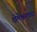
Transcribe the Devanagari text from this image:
क्षेमेश्वरघाट